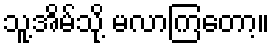
သူ့အိမ်သို့ မလာကြတော့။